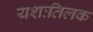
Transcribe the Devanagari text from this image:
यशःतिलक